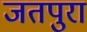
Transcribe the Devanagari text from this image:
जतपुरा